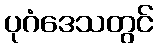
ပုဂံဒေသတွင်